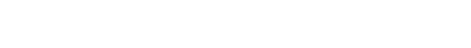
သူတွေးတောမိသည်မှာ အတိတ်သည် သူ့အဖို့တွင် အဖုံးတစ်ခုဖြင့် ဖုံးလွှမ်းထားလိုက်သည့်